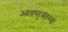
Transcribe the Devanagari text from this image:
आतापर्‍यंतच्या